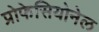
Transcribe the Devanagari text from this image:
प्रोफेसियोनेल